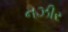
નઝીર